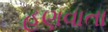
હણવાતા